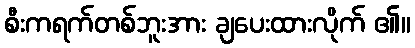
စီးကရက်တစ်ဘူးအား ချပေးထားလိုက် ၏။